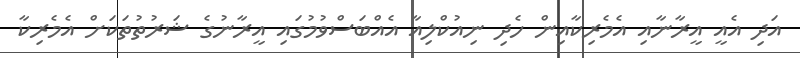
އަދި އެއީ އީރާނާއި އެމެރިކާއިން ހެދި ނިއުކްލިއާ އެއްބަސްވުމުގައި އީރާނުގެ ޝަރުތުތަކަށް އެމެރިކާ